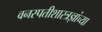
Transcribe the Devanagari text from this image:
वनस्पतीशास्त्रज्ञांच्या